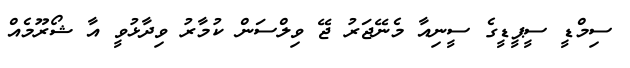
ސިމްޑީ ސީޕީޑީގެ ސީނިއާ މެނޭޖަރު ޖޭ ވިލްސަން ކުމާރު ވިދާޅުވީ އާ ޝޯރޫމެއް